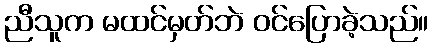
ညီသူက မထင်မှတ်ဘဲ ဝင်ပြောခဲ့သည်။